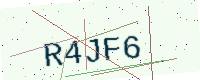
Text: R4JF6